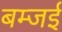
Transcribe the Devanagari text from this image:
बम्जई